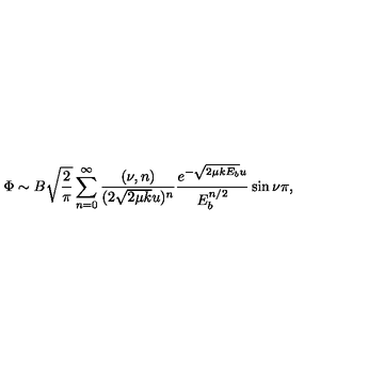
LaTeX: \Phi \sim B \sqrt { \frac { 2 } { \pi } } \sum _ { n = 0 } ^ { \infty } \frac { ( \nu , n ) } { ( 2 \sqrt { 2 \mu k } u ) ^ { n } } \frac { e ^ { - \sqrt { 2 \mu k E _ { b } } u } } { E _ { b } ^ { n / 2 } } \sin { \nu \pi } ,